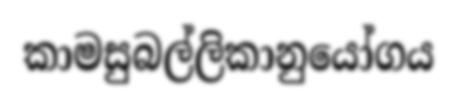
කාමසුබල්ලිකානුයෝගය